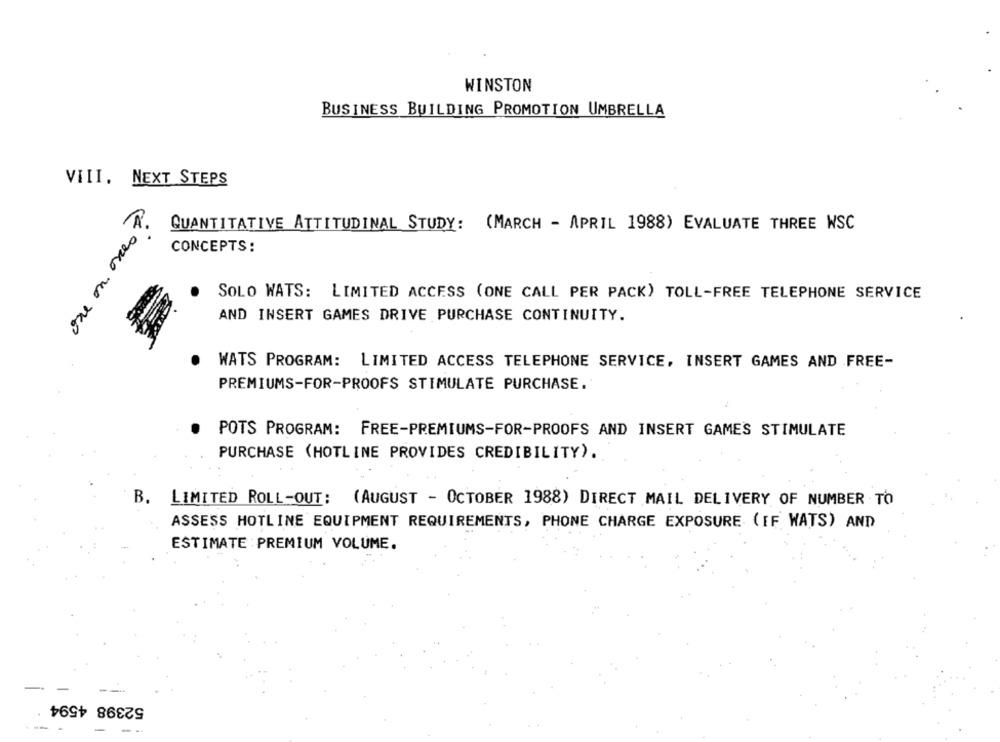
WINSTON
BUSINESS BUILDING PROMOTION UMBRELLA
VIII. NEXT STEPS
QUANTITATIVE ATTITUDINAL STUDY: (MARCH - APRIL 1988) EVALUATE THREE WSC
CONCEPTS:
SOLO WATS: LIMITED ACCESS (ONE CALL PER PACK) TOLL-FREE TELEPHONE SERVICE
AND INSERT GAMES DRIVE PURCHASE CONTINUITY.
WATS PROGRAM: LIMITED ACCESS TELEPHONE SERVICE, INSERT GAMES AND FREE-
PREMIUMS-FOR-PROOFS STIMULATE PURCHASE.
POTS PROGRAM: FREE-PREMIUMS-FOR-PROOFS AND INSERT GAMES STIMULATE
PURCHASE (HOTLINE PROVIDES CREDIBILITY).
B. LIMITED ROLL-OUT: (AUGUST - OCTOBER 1988) DIRECT MAIL DELIVERY OF NUMBER TO
ASSESS HOTLINE EQUIPMENT REQUIREMENTS, PHONE CHARGE EXPOSURE ( IF WATS) AND
ESTIMATE PREMIUM VOLUME.
52398 4594